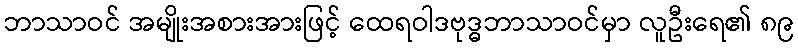
ဘာသာဝင် အမျိုးအစားအားဖြင့် ထေရဝါဒဗုဒ္ဓဘာသာဝင်မှာ လူဦးရေ၏ ၈၉